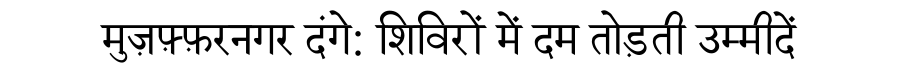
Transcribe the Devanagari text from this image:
मुज़फ़्फ़रनगर दंगे: शिविरों में दम तोड़ती उम्मीदें